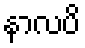
နာလပိ